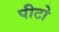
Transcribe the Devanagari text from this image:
पीटो